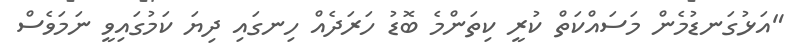
"އަޅުގަނޑުމެން މަސައްކަތް ކުރީ ކިތަންމެ ބޮޑު ހަރަދެއް ހިނގައި ދިޔަ ކަމުގައިވީ ނަމަވެސް